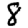
Digit: 8